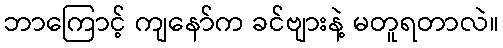
ဘာကြောင့် ကျနော်က ခင်ဗျားနဲ့ မတူရတာလဲ။